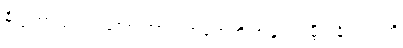
ဓိက္ကတာ ဥဒရဝါတော ကာလံကရောတိ အနုပုဗ္ဗဂမ္ဘီရံ နိရယဂတိ